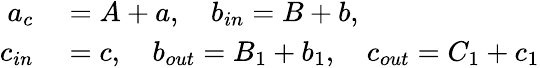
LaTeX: \begin{array}{rl}{a_{c}}&{{}=A+a,\quad b_{in}=B+b,}\\ {c_{in}}&{{}=c,\quad b_{out}=B_{1}+b_{1},\quad c_{out}=C_{1}+c_{1}}\end{array}